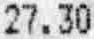
27.30